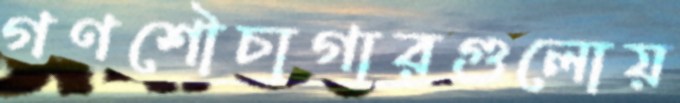
গণশৌচাগারগুলোয়